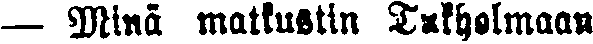
— Minä matkustin Tukholmaan